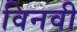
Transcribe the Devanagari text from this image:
विनवी